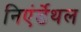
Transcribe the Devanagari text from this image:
निएंर्डेथल